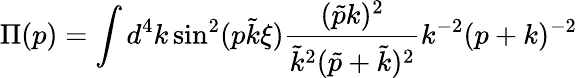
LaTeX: \Pi(p)=\int d^{4}k\sin^{2}(p\tilde{k}\xi)\frac{(\tilde{p}k)^{2}}{\tilde{k}^{2}(\tilde{p}+\tilde{k})^{2}}k^{-2}(p+k)^{-2}